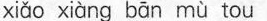
xiǎo xiàng bān mù tou